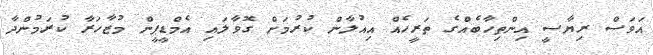
އަވަސް ރިޔާސީ އިންތިހާބެއްގެ ތަރީހެއް އިއުލާން ކުރުމަށް ގޮވާލައި އެމްޑީޕީން މުޒާހަރާ ކުރަމުންދާ